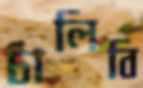
চালিবি